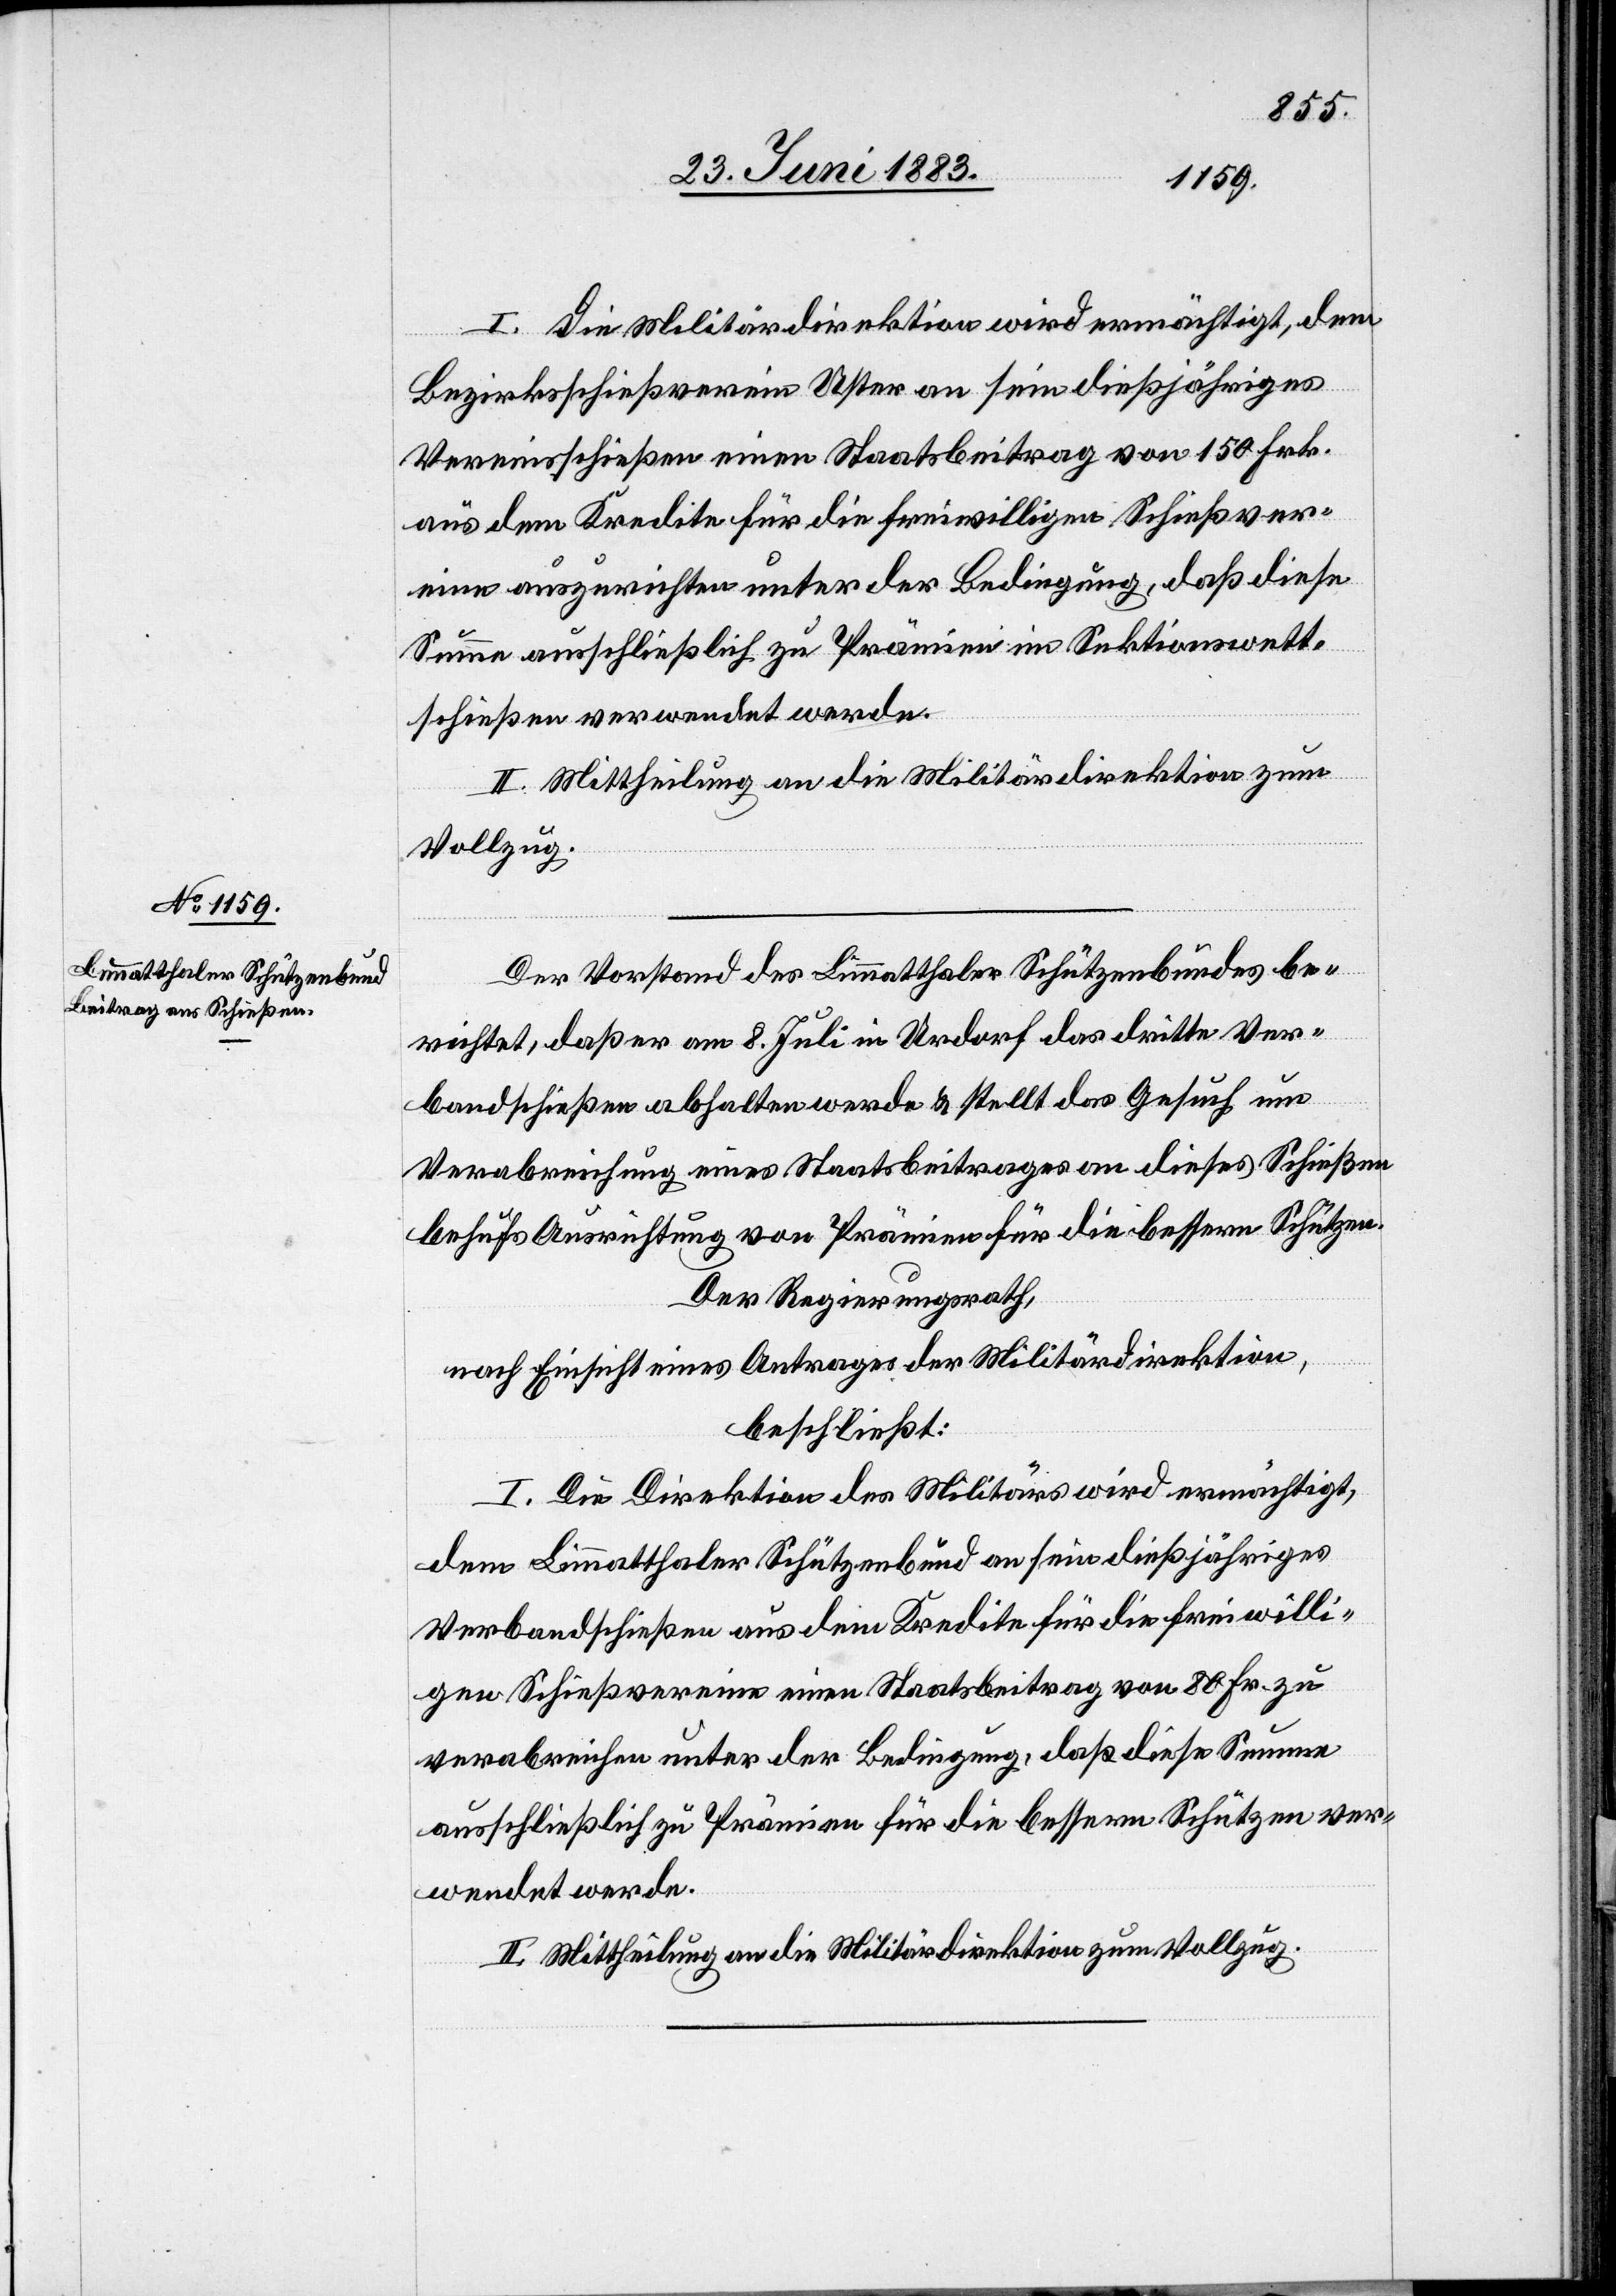
I. Die Militärdirektion wird ermächtigt, den
Bezirksschießverein Uster an sein dießjähriges
Vereinsschießen einen Staatsbeitrag von 150 Frk.
aus dem Kredite für die freiwilligen Schießver¬
eine auszurichten unter der Bedingung, daß diese
Summe ausschließlich zu Prämien im Sektionswett¬
schießen verwendet werde.
II. Mittheilung an die Militärdirektion zum
Vollzug.
Der Vorstand des Limmatthaler Schützenbundes be¬
richtet, daß er am 8. Juli in Urdorf das dritte Ver¬
bandschießen abhalten werde & stellt das Gesuch um
Verabreichung eines Staatsbeitrages an dieses Schießen
behufs Ausrichtung von Prämien für die bessern Schützen.
Der Regierungsrath,
nach Einsicht eines Antrages der Militärdirektion,
beschließt:
I. Die Direktion des Militärs wird ermächtigt,
dem Limmatthaler Schützenbund an sein dießjähriges
Verbandschießen aus dem Kredite für die freiwilli¬
gen Schießvereine einen Staatsbeitrag von 80 Fr. zu
verabreichen unter der Bedingung, daß diese Summe
ausschließlich zu Prämien für die bessern Schützen ver¬
wendet werden.
II. Mittheilung an die Militärdirektion zum Vollzug.